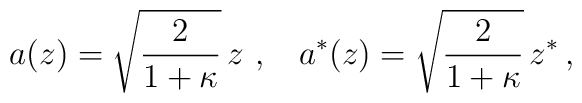
a(z)=\sqrt{\frac{2}{1+\kappa}}\,z \,\, , \,\,\;\;a^*(z)=\sqrt{\frac{2}{1+\kappa}}\,z^*\,,